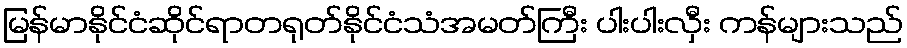
မြန်မာနိုင်ငံဆိုင်ရာတရုတ်နိုင်ငံသံအမတ်ကြီး ပါးပါးလှီး ကန်များသည်